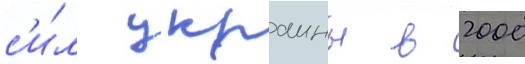
с'и́л украины в 2000